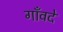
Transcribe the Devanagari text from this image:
गाँवदे